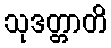
သုဒတ္တာတိ